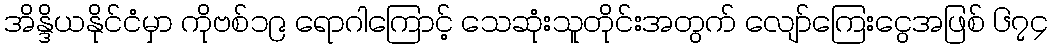
အိန္ဒိယနိုင်ငံမှာ ကိုဗစ်၁၉ ရောဂါကြောင့် သေဆုံးသူတိုင်းအတွက် လျော်ကြေးငွေအဖြစ် ၆၇၄